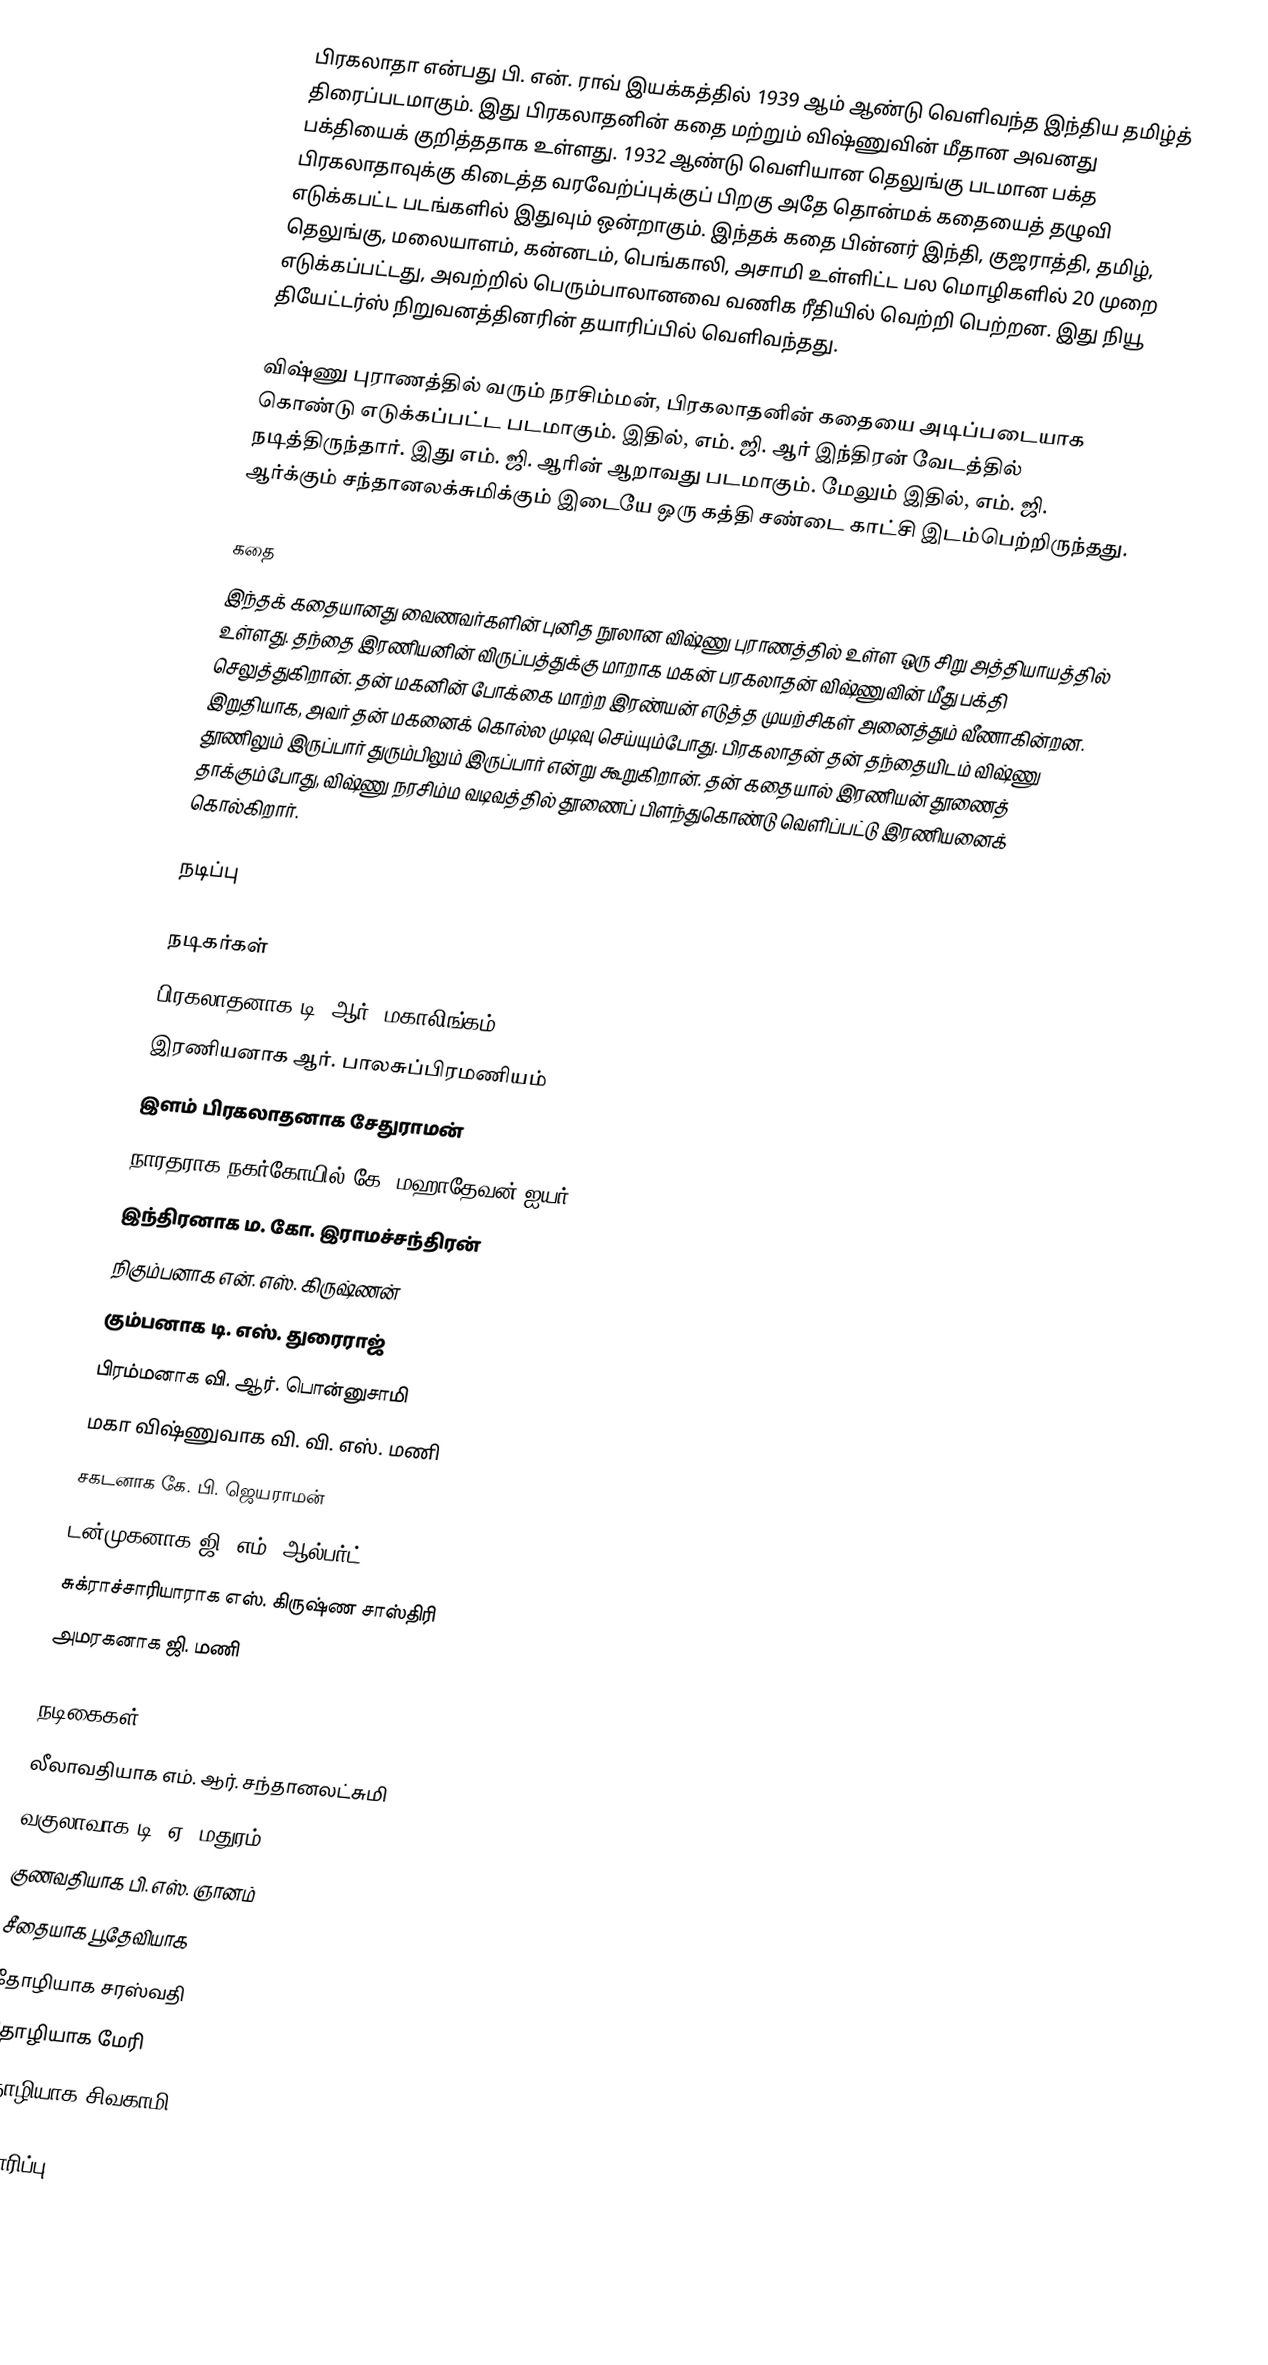
பிரகலாதா என்பது பி. என். ராவ் இயக்கத்தில் 1939 ஆம் ஆண்டு வெளிவந்த இந்திய தமிழ்த் திரைப்படமாகும். இது பிரகலாதனின் கதை மற்றும் விஷ்ணுவின் மீதான அவனது பக்தியைக் குறித்ததாக உள்ளது. 1932 ஆண்டு வெளியான தெலுங்கு படமான பக்த பிரகலாதாவுக்கு கிடைத்த வரவேற்ப்புக்குப் பிறகு அதே தொன்மக் கதையைத் தழுவி எடுக்கபட்ட படங்களில் இதுவும் ஒன்றாகும். இந்தக் கதை பின்னர் இந்தி, குஜராத்தி, தமிழ், தெலுங்கு, மலையாளம், கன்னடம், பெங்காலி, அசாமி உள்ளிட்ட பல மொழிகளில் 20 முறை எடுக்கப்பட்டது, அவற்றில் பெரும்பாலானவை வணிக ரீதியில் வெற்றி பெற்றன. இது  நியூ தியேட்டர்ஸ் நிறுவனத்தினரின் தயாரிப்பில் வெளிவந்தது.

விஷ்ணு புராணத்தில் வரும் நரசிம்மன், பிரகலாதனின் கதையை அடிப்படையாக கொண்டு எடுக்கப்பட்ட படமாகும். இதில், எம். ஜி. ஆர் இந்திரன் வேடத்தில் நடித்திருந்தார். இது எம். ஜி. ஆரின் ஆறாவது படமாகும். மேலும் இதில், எம். ஜி. ஆர்க்கும் சந்தானலக்சுமிக்கும் இடையே ஒரு கத்தி சண்டை காட்சி இடம்பெற்றிருந்தது.

கதை
இந்தக் கதையானது வைணவர்களின் புனித நூலான விஷ்ணு புராணத்தில் உள்ள ஒரு சிறு அத்தியாயத்தில் உள்ளது. தந்தை இரணியனின் விருப்பத்துக்கு மாறாக மகன் பரகலாதன் விஷ்ணுவின் மீது பக்தி செலுத்துகிறான். தன் மகனின் போக்கை மாற்ற இரண்யன் எடுத்த முயற்சிகள் அனைத்தும் வீணாகின்றன. இறுதியாக, அவர் தன் மகனைக் கொல்ல முடிவு செய்யும்போது. பிரகலாதன் தன் தந்தையிடம் விஷ்ணு தூணிலும் இருப்பார் துரும்பிலும் இருப்பார் என்று கூறுகிறான். தன் கதையால் இரணியன் தூணைத் தாக்கும்போது, விஷ்ணு நரசிம்ம வடிவத்தில் தூணைப் பிளந்துகொண்டு வெளிப்பட்டு இரணியனைக் கொல்கிறார்.

நடிப்பு

நடிகர்கள்
 பிரகலாதனாக டி. ஆர். மகாலிங்கம்
 இரணியனாக ஆர். பாலசுப்பிரமணியம்
 இளம் பிரகலாதனாக  சேதுராமன்
 நாரதராக நகர்கோயில் கே. மஹாதேவன் ஐயர்
 இந்திரனாக ம. கோ. இராமச்சந்திரன்
 நிகும்பனாக என். எஸ். கிருஷ்ணன்
 கும்பனாக டி. எஸ். துரைராஜ்
 பிரம்மனாக வி. ஆர். பொன்னுசாமி
 மகா விஷ்ணுவாக வி. வி. எஸ். மணி
 சகடனாக கே. பி. ஜெயராமன்
 டன்முகனாக ஜி. எம். ஆல்பர்ட்
 சுக்ராச்சாரியாராக எஸ். கிருஷ்ண சாஸ்திரி
 அமரகனாக ஜி. மணி

நடிகைகள்
 லீலாவதியாக எம். ஆர். சந்தானலட்சுமி
 வகுலாவாக டி. ஏ. மதுரம்
 குணவதியாக பி. எஸ். ஞானம்
 சீதையாக பூதேவியாக
 தோழியாக சரஸ்வதி
 தோழியாக மேரி
 தோழியாக சிவகாமி

தயாரிப்பு